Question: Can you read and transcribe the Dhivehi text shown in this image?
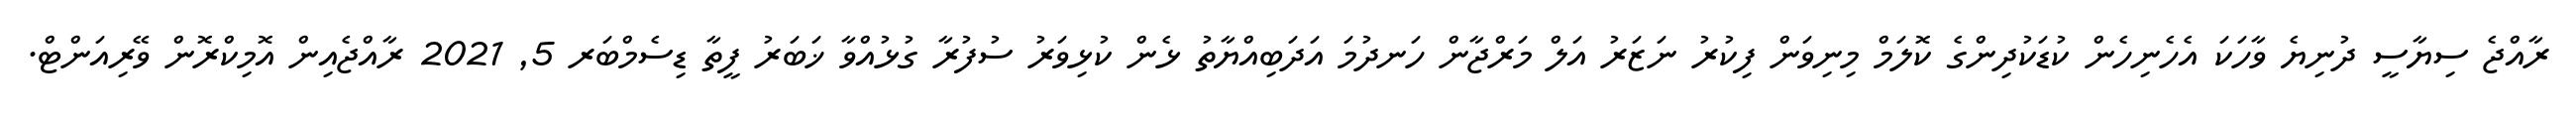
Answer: ރާއްޖެ ސިޔާސީ ދުނިޔެ ވާހަކަ އެހެނިހެން ކުޑަކުދިންގެ ކޮލަމް މިނިވަން ފިކުރު ނަޒަރު އަލް މަރްޖާން ހަނދުމަ އަދަބިއްޔާތު ޅެން ކުޅިވަރު ސުފުރާ ގުޅުއްވާ ޚަބަރު ފީތާ ޑިސެމްބަރ 5, 2021 ރާއްޖެއިން އޮމިކްރޮން ވޭރިއަންޓް.